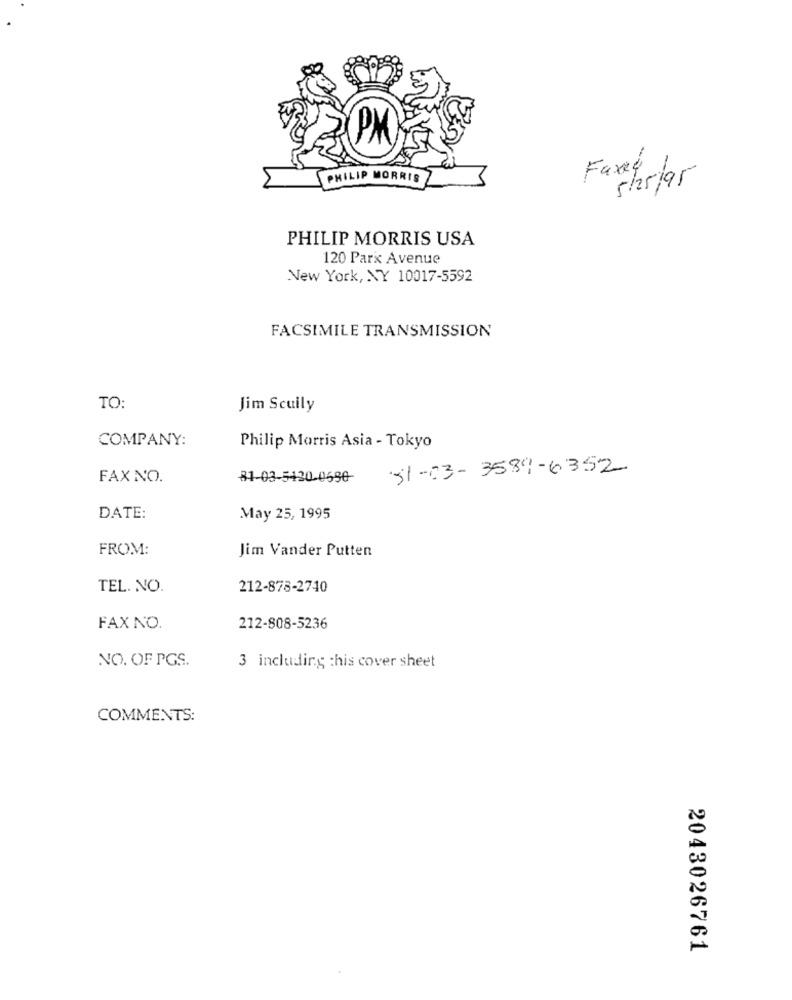
PM
Faxet
PHILIP MORRIS
5/5/95
PHILIP MORRIS USA
120 Park Avenue
New York, NY 10017-5592
FACSIMILE TRANSMISSION
TO:
Jim Scully
COMPANY:
Philip Morris Asia - Tokyo
51-03-3589-6352
FAX NO.
81-03-5430-0590
DATE:
May 25, 1995
FROM:
Jim Vander Putten
TEL. NO.
212-878-2740
FAX NO.
212-808-5236
NO. OF PGS.
3 including this cover sheet
COMMENTS:
2043026761